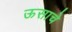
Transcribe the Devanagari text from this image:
ऊसाचे